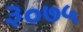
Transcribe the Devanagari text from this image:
३०७५